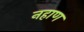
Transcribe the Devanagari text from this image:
नहाण